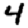
Digit: 4